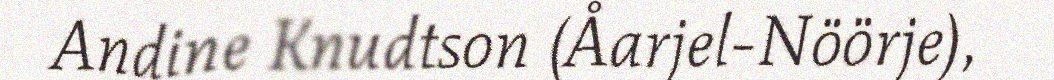
Andine Knudtson (Åarjel-Nöörje),